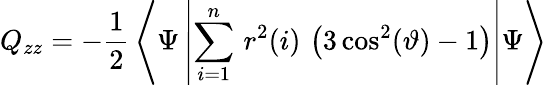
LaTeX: Q_{zz}=-\frac{1}{2}\, \left<\Psi\left|\sum_{i=1}^{n}\, r^{2}(i)\, \left(3\cos^{2}(\vartheta)-1\right)\right|\Psi\right>